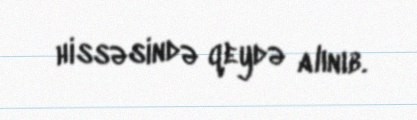
hissəsində qeydə alınıb.